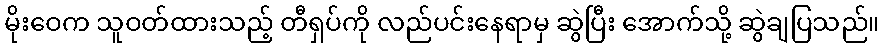
မိုးဝေက သူဝတ်ထားသည့် တီရှပ်ကို လည်ပင်းနေရာမှ ဆွဲပြီး အောက်သို့ ဆွဲချပြသည်။